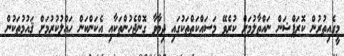
މީގެއިތުރުން ކޮރަޕްޝަން ނައްތާލުމަށް ކުރެވޭ މަސައްކަތްތަކުގައި ދިމާވާ ގޮންޖެހުންތަކާއި އެކަންކަން ހައްލުކުރުމަށް ޤައުމުތަކުން